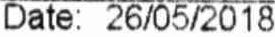
DATE: 26/05/2018